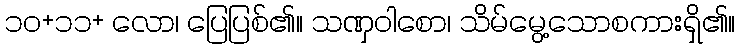
၁၀+၁၁+ လော၊ ပြေပြစ်၏။ သဏှဝါစော၊ သိမ်မွေ့သောစကားရှိ၏။